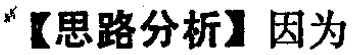
【思路分析】因为